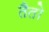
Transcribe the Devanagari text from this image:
तैतो